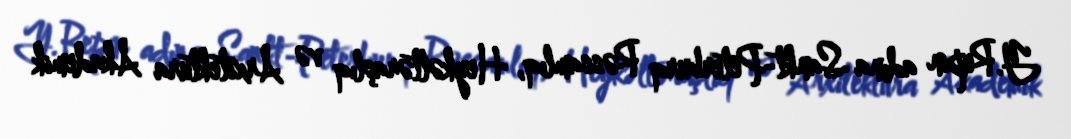
Y.Repin adına Sankt-Peterburq Rəssamlıq, Heykəltəraşlıq və Arxitektura Akademik